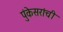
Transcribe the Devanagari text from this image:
पुंकेसरांची